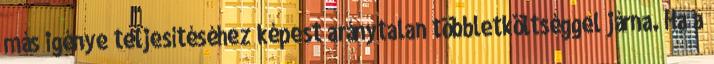
más igénye teljesítéséhez képest aránytalan többletköltséggel járna. Ha a